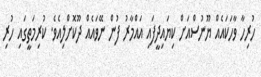
ހުރިހާ ވާހަކައެއް ޔޫނުސްއަށް ކިޔައިދީފައި އައްމާރު ފުން ނޭވައެއް ދޫކޮށްލިއެވެ. ކުރިމަތީގައި ހުރި